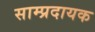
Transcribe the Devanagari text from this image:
साम्प्रदायक